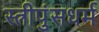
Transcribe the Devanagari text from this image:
स्त्रीपुंसधर्म